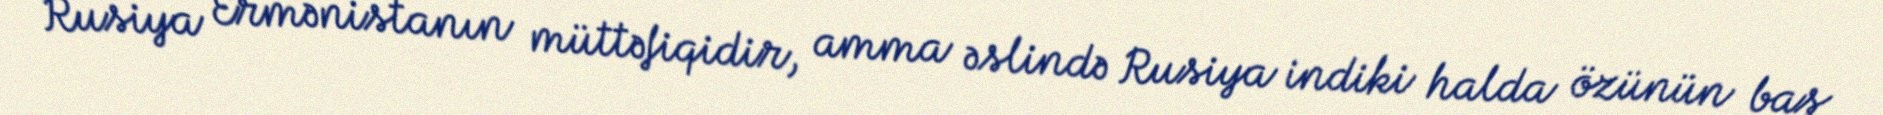
Rusiya Ermənistanın müttəfiqidir, amma əslində Rusiya indiki halda özünün baş